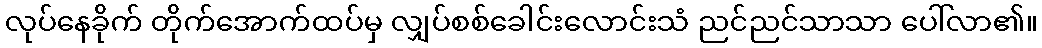
လုပ်နေခိုက် တိုက်အောက်ထပ်မှ လျှပ်စစ်ခေါင်းလောင်းသံ ညင်ညင်သာသာ ပေါ်လာ၏။